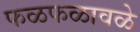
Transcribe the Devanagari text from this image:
फळफळावळे